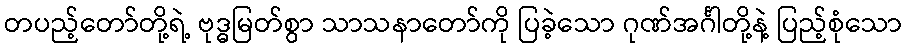
တပည့်တော်တို့ရဲ့ ဗုဒ္ဓမြတ်စွာ သာသနာတော်ကို ပြခဲ့သော ဂုဏ်အင်္ဂါတို့နဲ့ ပြည့်စုံသော